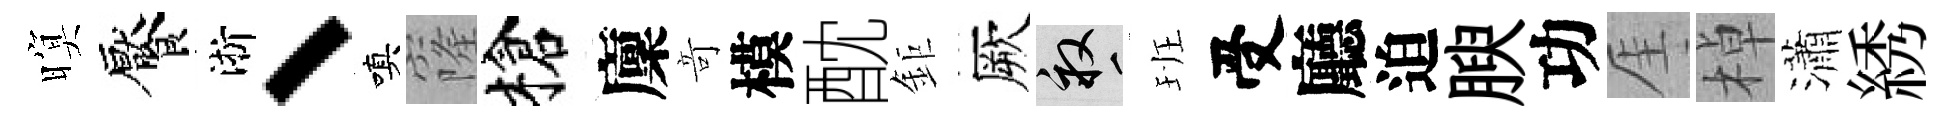
暝饜淅、嗔窿槍廩竒模酖鉅厥畝班受廳迫腴功厓棹瀟綉